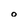
Character: o